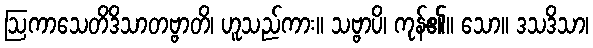
ဩကာသေတိဒိသာတဗ္ဗာတိ၊ ဟူသည်ကား။ သဗ္ဗာပိ၊ ကုန်၏။ သော။ ဒသဒိသာ၊